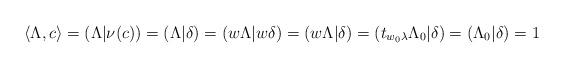
LaTeX: \begin{align*}\langle \Lambda, c\rangle = (\Lambda|\nu(c))=(\Lambda|\delta)=(w\Lambda|w\delta)=(w\Lambda|\delta)=(t_{w_0\lambda}\Lambda_0|\delta)=(\Lambda_0|\delta)=1\end{align*}